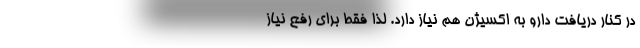
در کنار دریافت دارو به اکسیژن هم نیاز دارد. لذا فقط برای رفع نیاز